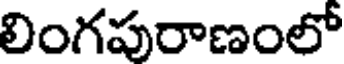
లింగపురాణంలో